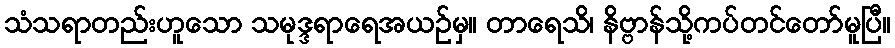
သံသရာတည်းဟူသော သမုဒ္ဒရာရေအယဉ်မှ။ တာရေသိ၊ နိဗ္ဗာန်သို့ကပ်တင်တော်မူပြီ။